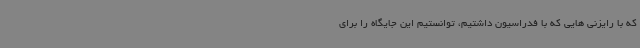
که با رایزنی هایی که با فدراسیون داشتیم، توانستیم این جایگاه را برای